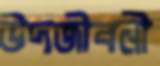
উদজীবনী